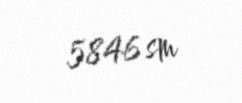
5846 sm